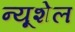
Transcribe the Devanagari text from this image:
न्यूशेल